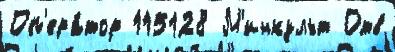
Оп'ера́тор 115128 М'инкульт Отв